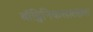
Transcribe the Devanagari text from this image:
बॉट्विनिकसारख्या